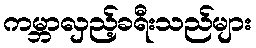
ကမ္ဘာလှည့်ခရီးသည်များ